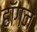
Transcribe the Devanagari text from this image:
हाॅगन